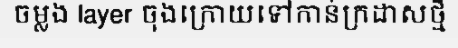
ចម្លង layer ចុងក្រោយទៅកាន់ក្រដាសថ្មី